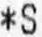
*S